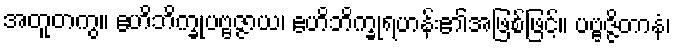
အတူတကွ။ ဧဟိဘိက္ခုပဗ္ဗဇ္ဇာယ၊ ဧဟိဘိက္ခုရဟန်း၏အဖြစ်ဖြင့်။ ပဗ္ဗဇ္ဇိတာနံ၊